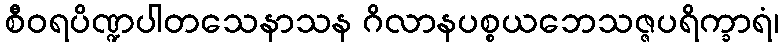
စီဝရပိဏ္ဍပါတသေနာသန ဂိလာနပစ္စယဘေသဇ္ဇပရိက္ခာရံ၊